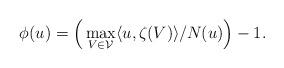
LaTeX: \begin{align*}\phi(u) = \Big( \max_{V \in \mathcal{V}} \langle u , \zeta(V) \rangle/N(u)\Big) - 1. \end{align*}